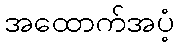
အထောက်အပံ့